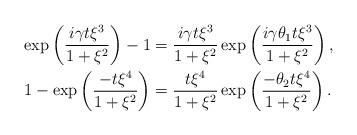
LaTeX: \begin{align*}\exp\left( \frac{i\gamma t\xi^{3} }{1+\xi^{2}}\right)-1&=\frac{i\gamma t\xi^{3}}{1+\xi^{2}}\exp\left( \frac{i\gamma \theta_{1}t\xi^{3} }{1+\xi^{2}}\right), \\1-\exp\left( \frac{-t\xi^{4}}{1+\xi^{2}}\right)&=\frac{t\xi^{4}}{1+\xi^{2}}\exp\left( \frac{-\theta_{2}t\xi^{4}}{1+\xi^{2}}\right). \end{align*}